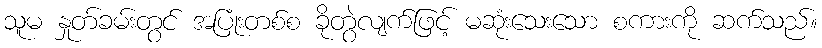
သူမ နှုတ်ခမ်းတွင် အပြုံးတစ်စ ခိုတွဲလျက်ဖြင့် မဆုံးသေးသော စကားကို ဆက်သည်။